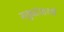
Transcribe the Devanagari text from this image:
गठ्ठ्यांसारखे